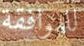
للموافقة